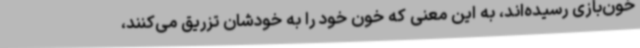
خون‌بازی رسیده‌اند، به این معنی که خون خود را به خودشان تزریق می‌کنند،